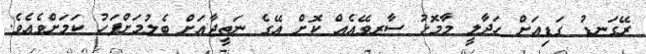
ރޭގަނޑު ގަޑިއަށް ހަދާލީ މާމޮޅު ސާރވޭއެއް ކޮށް އޭގެ ނަތީޖާއަށް ބެލުމަށްފަހު ކަމަށްވެއެވެ.